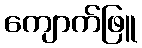
ကျောက်ဖြူ